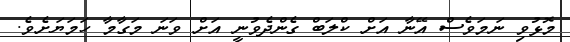
މޮޅުވި ނަމަވެސް އޭނާ އަށް ކްލަބް ގެންދެވުނީ އަށް ވަނަ މަގާމާ ހަމަޔަށެވެ.